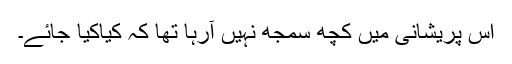
اس پریشانی میں کچھ سمجھ نہیں آرہا تھا کہ کیاکیا جائے۔